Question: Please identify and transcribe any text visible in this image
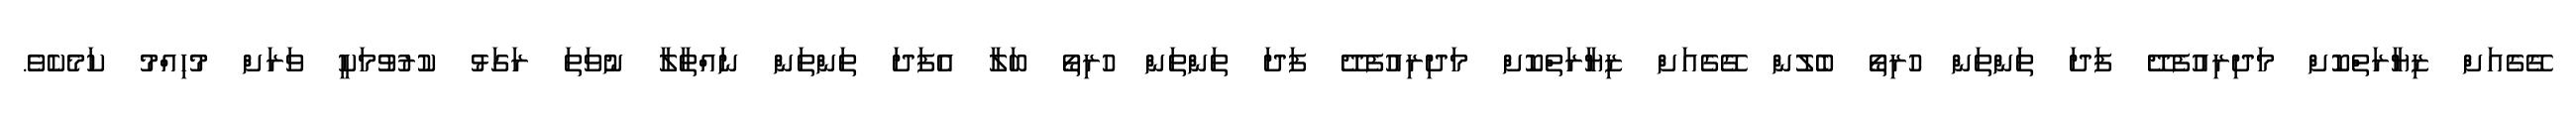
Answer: ގޭގެއަށް ޒިޔާރަތްކޮށް މަދިރިއުފެދޭ ފަދަ ތަންތަން ހުރިތޯ ބެލުން ގޭގެއަށް ޒިޔާރަތްކޮށް މަދިރިއުފެދޭ ފަދަ ތަންތަން ހުރިތޯ ބަލާ އެފަދަ ތަންތަން ނައްތާލާ ނުވަތަ ރަގަޅު ކުރުވުމަކީ ވަރަށް މުހިއްމު ކަމެކެވެ.